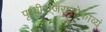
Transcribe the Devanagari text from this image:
पृथ्वीराजरासोकाव्यं